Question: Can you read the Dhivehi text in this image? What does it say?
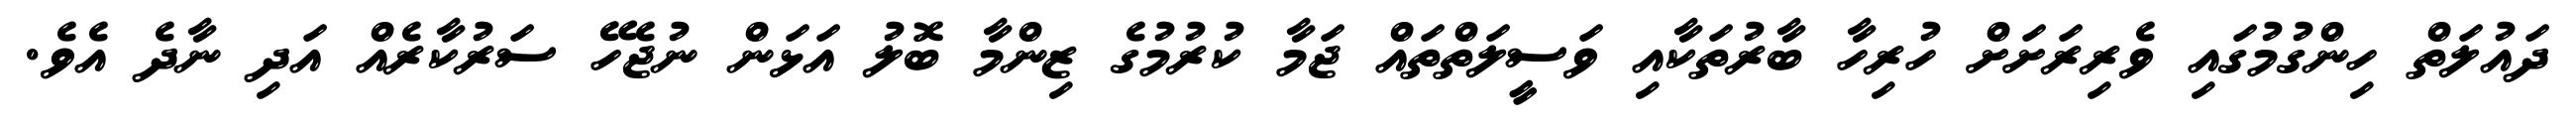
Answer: ދައުލަތް ހިންގުމުގައި ވެރިރަށަށް ހުރިހާ ބާރުތަކާއި ވަސީލަތްތައް ޖަމާ ކުރުމުގެ ޒިންމާ ބޮލު އަޅަން ނުޖެހޭ ސަރުކާރެއް އަދި ނާދެ އެވެ.